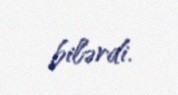
bilərdi.